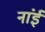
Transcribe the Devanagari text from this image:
नांई